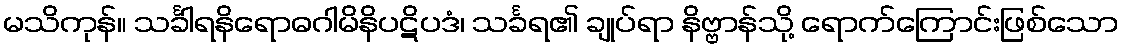
မသိကုန်။ သင်္ခါရနိရောဓဂါမိနိပဋိပဒံ၊ သင်္ခရ၏ ချုပ်ရာ နိဗ္ဗာန်သို့ ရောက်ကြောင်းဖြစ်သော